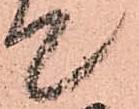
て